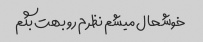
خوشحال میشم نظرم رو بهت بگم